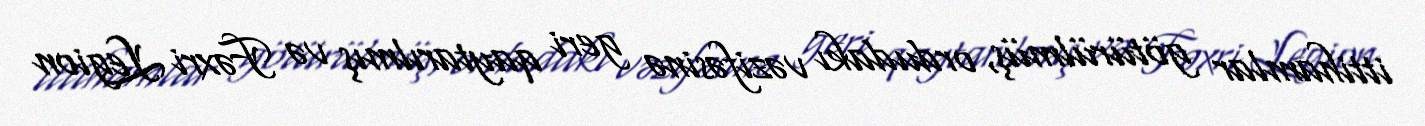
ittihamlar götürülmüş, ordudakı vəzifəsinə geri qaytarılmış və Fəxri Legion